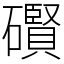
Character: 礥